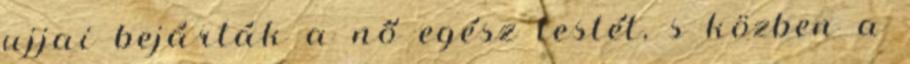
ujjai bejárták a nő egész testét, s közben a